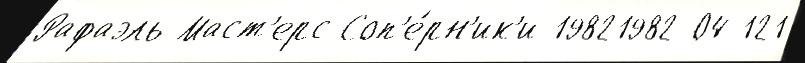
Рафаэль Маст'ерс Соп'е́рн'ик'и 19821982-04-121